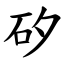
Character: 矽